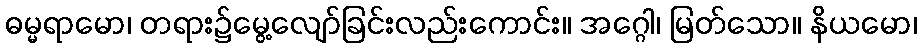
ဓမ္မရာမော၊ တရား၌မွေ့လျော်ခြင်းလည်းကောင်း။ အဂ္ဂေါ၊ မြတ်သော။ နိယမော၊